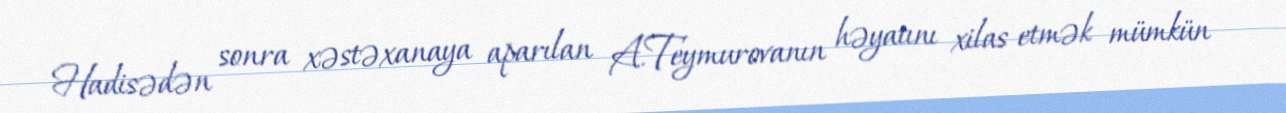
Hadisədən sonra xəstəxanaya aparılan A.Teymurovanın həyatını xilas etmək mümkün